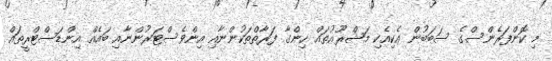
މި ކޮންފަރެންސްގެ ސަބަބުން އެކިއެކި މަޝްރޫޢުތައް ހިންގާ ފަރާތްތަކުންނާއި އިންވެސްޓަރުންނާއި ބައެއް އިންޑަސްޓްރީތައް